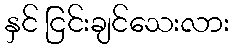
နှင် ငြင်းချင်သေးလား